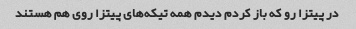
در پیتزا رو که باز کردم دیدم همه تیکه‌های پیتزا روی هم هستند